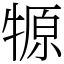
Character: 㹉